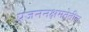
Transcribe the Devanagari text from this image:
प्रजननक्षमतेतील